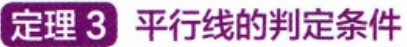
定理 3 平行线的判定条件